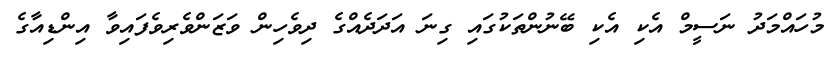
މުހައްމަދު ނަސީމް އެކި އެކި ބޭނުންތަކުގައި ގިނަ އަދަދެއްގެ ދިވެހިން ވަޒަންވެރިވެފައިވާ އިންޑިއާގެ